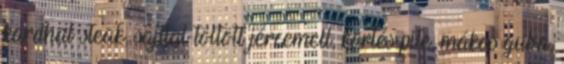
kardhal steak, sajttal töltött jércemell, körtés pite, mákos guba,